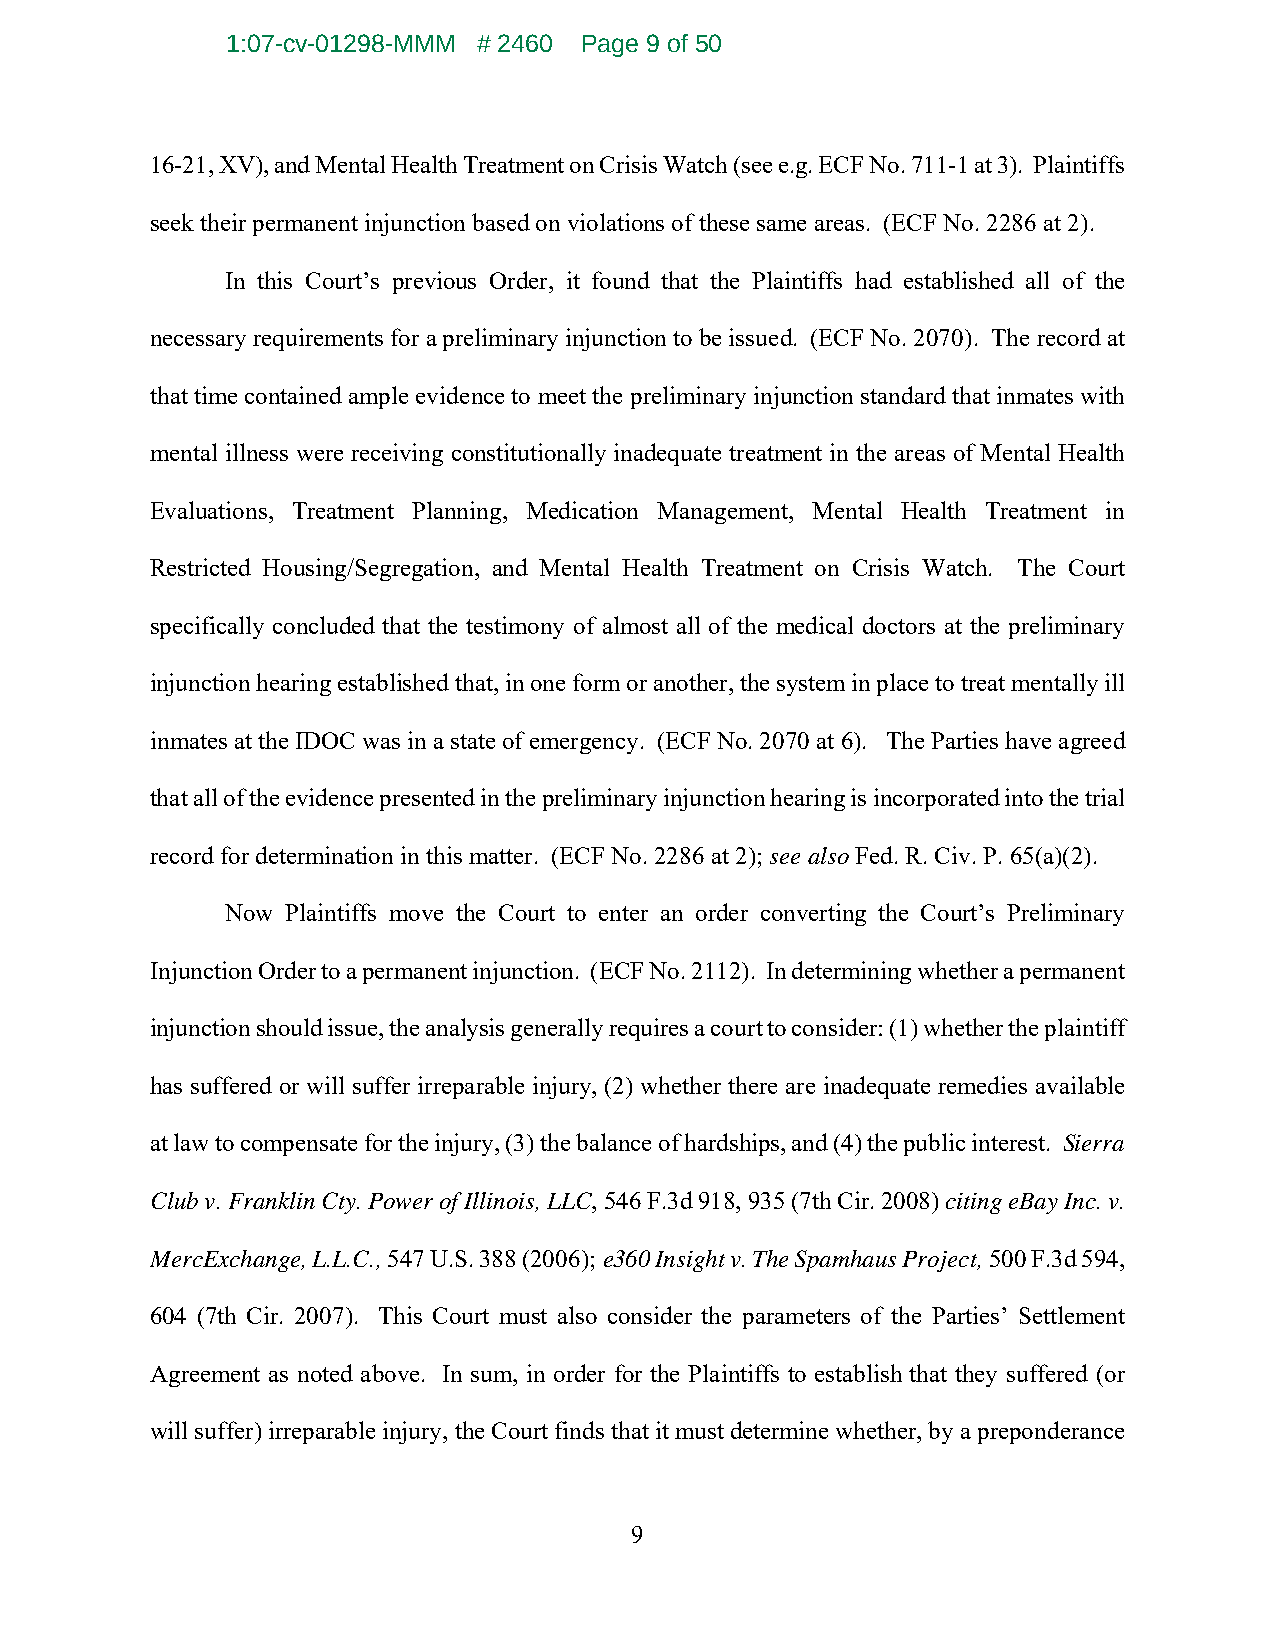
1:07-cv-01298-MMM # 2460 Page 9 of 50
 16-21, XV), and Mental Health Treatment on Crisis Watch (see e.g. ECF No. 711-1 at 3). Plaintiffs
 seek their permanent injunction based on violations of these same areas. (ECF No. 2286 at 2).
 In this Court’s previous Order, it found that the Plaintiffs had established all of the
 necessary requirements for a preliminary injunction to be issued. (ECF No. 2070). The record at
 that time contained ample evidence to meet the preliminary injunction standard that inmates with
 mental illness were receiving constitutionally inadequate treatment in the areas of Mental Health
 Evaluations, Treatment Planning, Medication Management, Mental Health Treatment in
 Restricted Housing/Segregation, and Mental Health Treatment on Crisis Watch. The Court
 specifically concluded that the testimony of almost all of the medical doctors at the preliminary
 injunction hearing established that, in one form or another, the system in place to treat mentally ill
 inmates at the IDOC was in a state of emergency. (ECF No. 2070 at 6). The Parties have agreed
 that all of the evidence presented in the preliminary injunction hearing is incorporated into the trial
 record for determination in this matter. (ECF No. 2286 at 2); see also Fed. R. Civ. P. 65(a)(2).
 Now Plaintiffs move the Court to enter an order converting the Court’s Preliminary
 Injunction Order to a permanent injunction. (ECF No. 2112). In determining whether a permanent
 injunction should issue, the analysis generally requires a court to consider: (1) whether the plaintiff
 has suffered or will suffer irreparable injury, (2) whether there are inadequate remedies available
 at law to compensate for the injury, (3) the balance of hardships, and (4) the public interest. Sierra
 Club v. Franklin Cty. Power of Illinois, LLC, 546 F.3d 918, 935 (7th Cir. 2008) citing eBay Inc. v.
 MercExchange, L.L.C., 547 U.S. 388 (2006); e360 Insight v. The Spamhaus Project, 500 F.3d 594,
 604 (7th Cir. 2007). This Court must also consider the parameters of the Parties’ Settlement
 Agreement as noted above. In sum, in order for the Plaintiffs to establish that they suffered (or
 will suffer) irreparable injury, the Court finds that it must determine whether, by a preponderance
 9